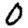
Digit: 0